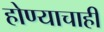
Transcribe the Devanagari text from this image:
होण्याचाही